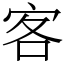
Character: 客